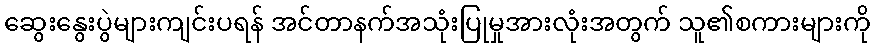
ဆွေးနွေးပွဲများကျင်းပရန် အင်တာနက်အသုံးပြုမှုအားလုံးအတွက် သူ၏စကားများကို